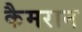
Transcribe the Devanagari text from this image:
कैमरान